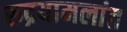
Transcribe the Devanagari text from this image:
रुद्रयामलांत